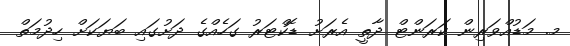
މ. މަޑުއްވަރިން ކަރަންޓް ދާތީ އެރަށު ޑޮކްޓަރު ގަހެއްގެ ދަށުގައި ބަޔަކަށް ހިދުމަތް